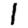
Digit: 1